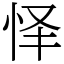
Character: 怿